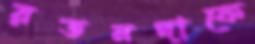
রতনদাকে